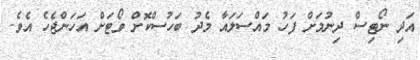
އަދި ނޯޓިސް ދިނުމަށް ފަހު މައްސަލައާ މެދު ބަހުސްކޮށް ވޯޓަށް އަހަންޖެހެ އެވެ.